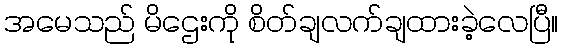
အမေသည် မိဌေးကို စိတ်ချလက်ချထားခဲ့လေပြီ။